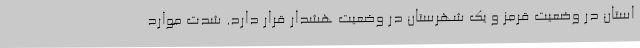
استان در وضعیت قرمز و یک شهرستان در وضعیت هشدار قرار دارد. شدت موارد